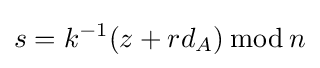
s=k^{-1}(z+rd_{A})\,{\bmod {\,}}n